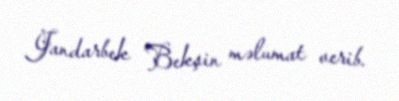
Jandarbek Bekşin məlumat verib.